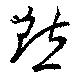
黙